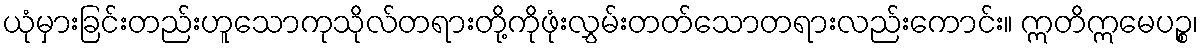
ယုံမှားခြင်းတည်းဟူသောကုသိုလ်တရားတို့ကိုဖုံးလွှမ်းတတ်သောတရားလည်းကောင်း။ ဣတိဣမေပဉ္စ၊